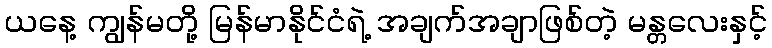
ယနေ့ ကျွန်မတို့ မြန်မာနိုင်ငံရဲ့ အချက်အချာဖြစ်တဲ့ မန္တလေးနှင့်